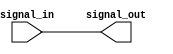
module schmitt_trigger_inverter (
    input wire signal_in,
    output reg signal_out
);

reg internal_signal;

always @ (signal_in)
begin
    if (signal_in == 1'b0 && internal_signal == 1'b1) begin
        signal_out <= 1'b1;
    end else if (signal_in == 1'b1 && internal_signal == 1'b0) begin
        signal_out <= 1'b0;
    end else begin
        signal_out <= internal_signal;
    end
    internal_signal <= signal_in;
end

endmodule